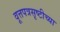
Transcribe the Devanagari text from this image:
वूत्तपत्रसृष्टीच्या